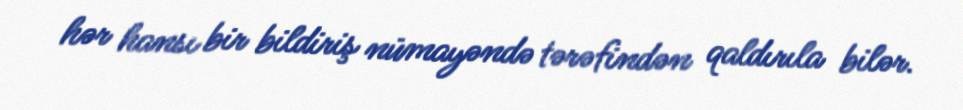
hər hansı bir bildiriş nümayəndə tərəfindən qaldırıla bilər.